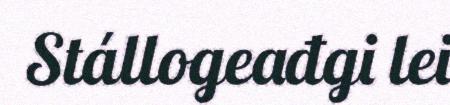
Stállogeađgi lei